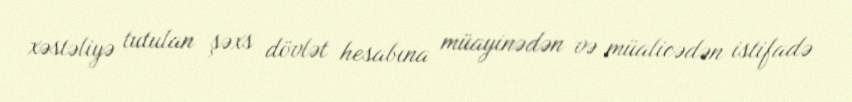
xəstəliyə tutulan şəxs dövlət hesabına müayinədən və müalicədən istifadə